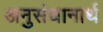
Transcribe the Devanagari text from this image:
अनुसंधानार्थ